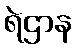
ရဲဌာန